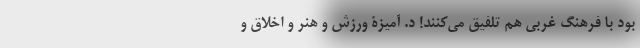
بود با فرهنگ غربی هم تلفیق می‌کنند! د. آمیزۀ ورزش و هنر و اخلاق و